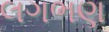
લગભણ